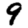
Digit: 9